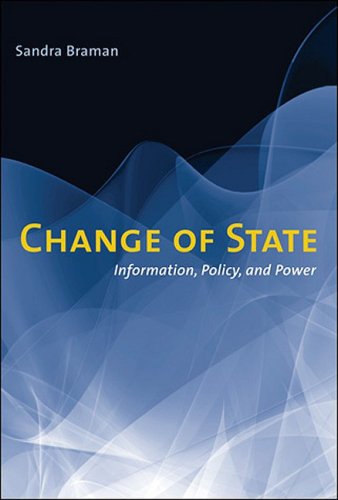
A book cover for Change of State: Information, Policy, and Power; Sandra Braman; Law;